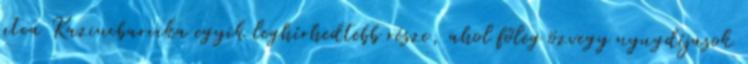
utca Kazincbarcika egyik leghírhedtebb része, ahol főleg özvegy nyugdíjasok